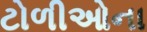
ટોળીઓના